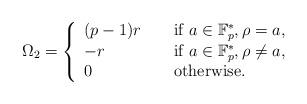
LaTeX: \begin{align*}\Omega_2=\left\{\begin{array}{lll}(p-1)r & &\textup{ if } a \in\mathbb{F}_p^*, \rho=a,\\-r& &\textup{ if } a \in\mathbb{F}_p^*, \rho \neq a,\\0 & & \textup{ otherwise.}\end{array} \right.\end{align*}